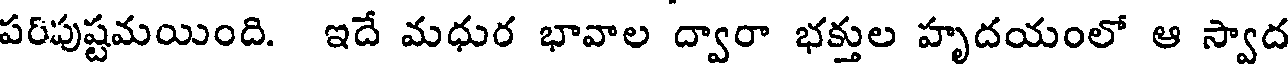
పరిపుష్టమయింది. ఇదే మధుర భావాల ద్వారా భక్తుల హృదయంలో ఆ స్వాద